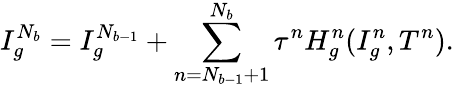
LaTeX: I_{g}^{N_{b}}=I_{g}^{N_{b-1}}+\sum_{n=N_{b-1}+1}^{N_{b}}\tau^{n}H_{g}^{n}(I_{g}^{n},T^{n}).